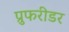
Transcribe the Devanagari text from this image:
प्रुफरीडर